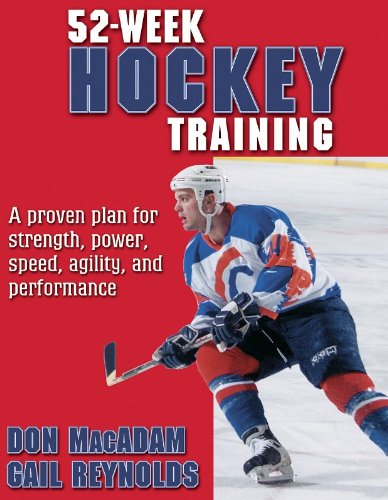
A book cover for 52-Week Hockey Training (52-Week Sport Training Series); Don MacAdam; Sports & Outdoors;